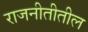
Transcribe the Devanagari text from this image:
राजनीतीतील